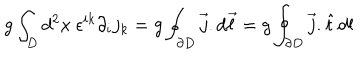
LaTeX: g \int _ { D } d ^ { 2 } x ~ \epsilon ^ { i k } \partial _ { i } j _ { k } = g \oint _ { \partial D } \vec { j } . d \vec { \ell } = g \oint _ { \partial D } \vec { j } . \hat { t } \, d l